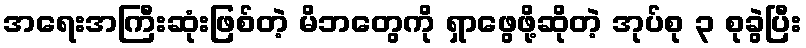
အရေးအကြီးဆုံးဖြစ်တဲ့ မိဘတွေကို ရှာဖွေဖို့ဆိုတဲ့ အုပ်စု ၃ စုခွဲပြီး